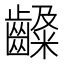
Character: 𪙙